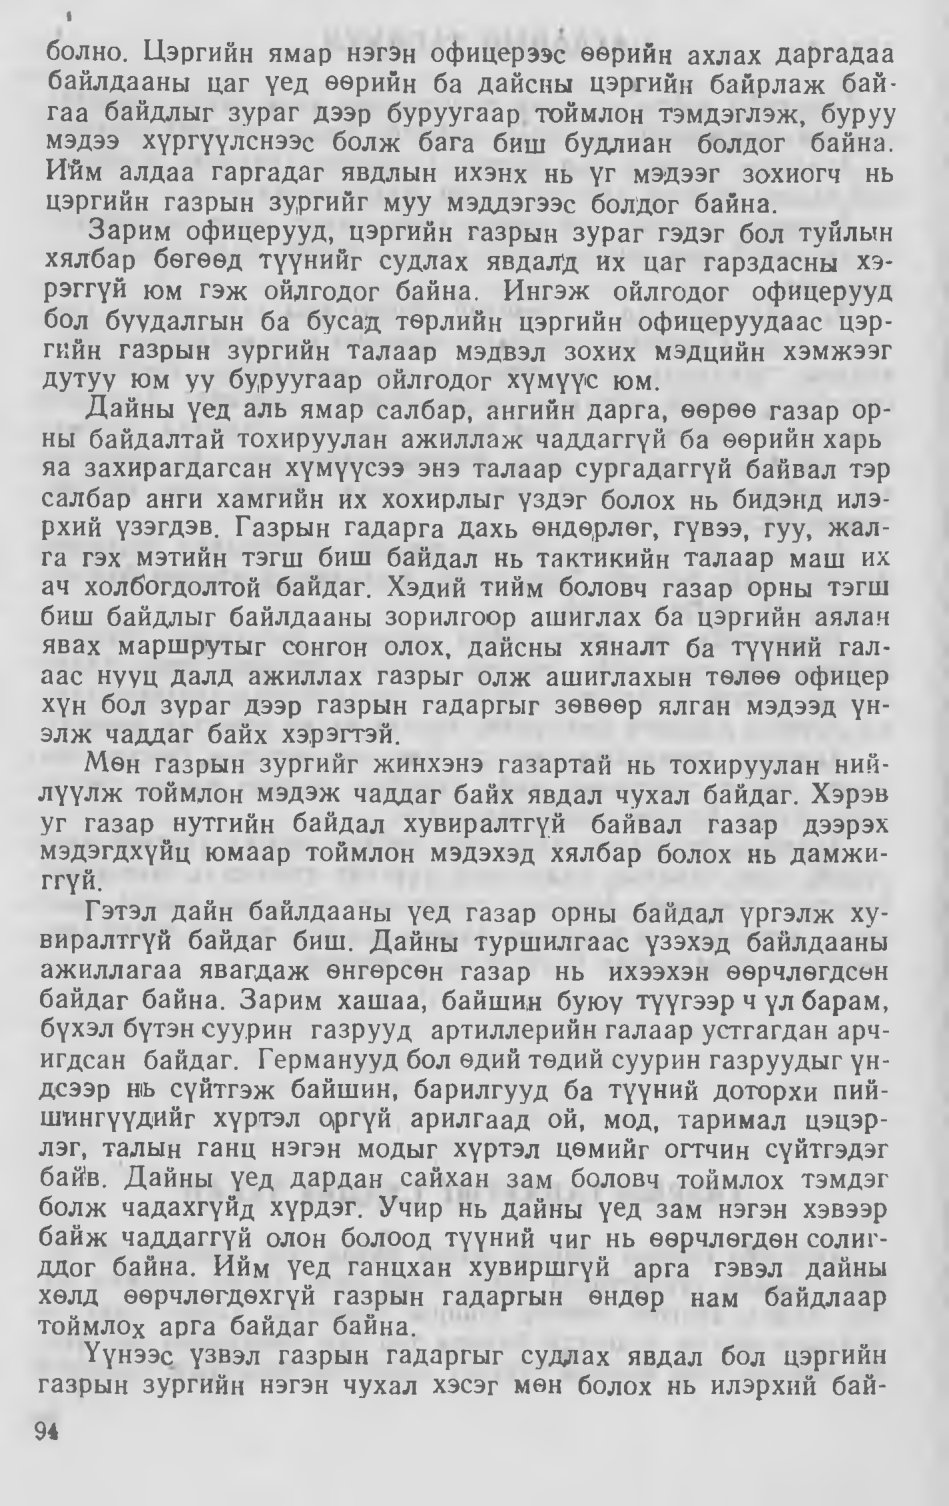
Language: mn